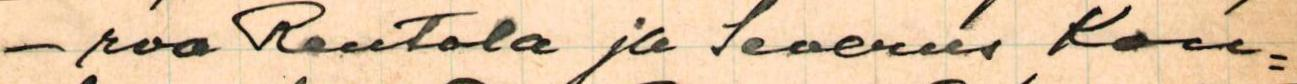
- rva Rantala ja Severus Kon-